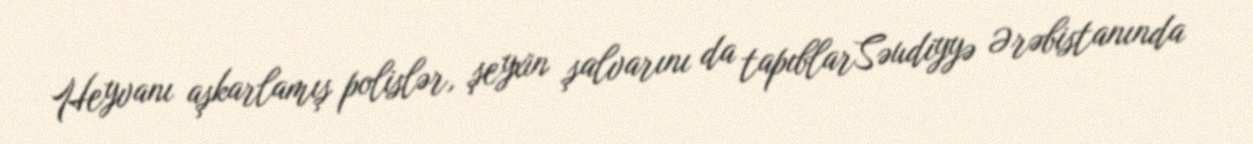
Heyvanı aşkarlamış polislər, şeyxin şalvarını da tapıblarSəudiyyə Ərəbistanında